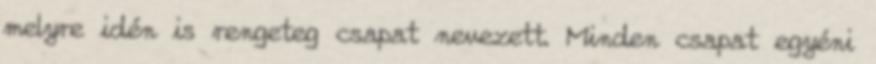
melyre idén is rengeteg csapat nevezett. Minden csapat egyéni